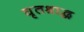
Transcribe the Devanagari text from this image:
घृतश्राद्ध